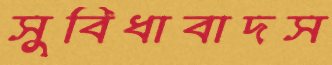
সুবিধাবাদস